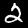
Label: 2